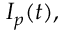
I _ { p } ( t ) ,